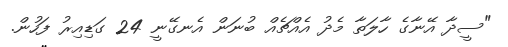
"ސީދާ އޭނާގެ ހާލަތާ މެދު އެއްޗެއް ބުނަން އެނގޭނީ 24 ގަޑިއިރު ފަހުން.